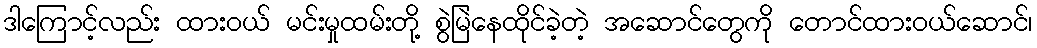
ဒါကြောင့်လည်း ထားဝယ် မင်းမှုထမ်းတို့ စွဲမြဲနေထိုင်ခဲ့တဲ့ အဆောင်တွေကို တောင်ထားဝယ်ဆောင်၊